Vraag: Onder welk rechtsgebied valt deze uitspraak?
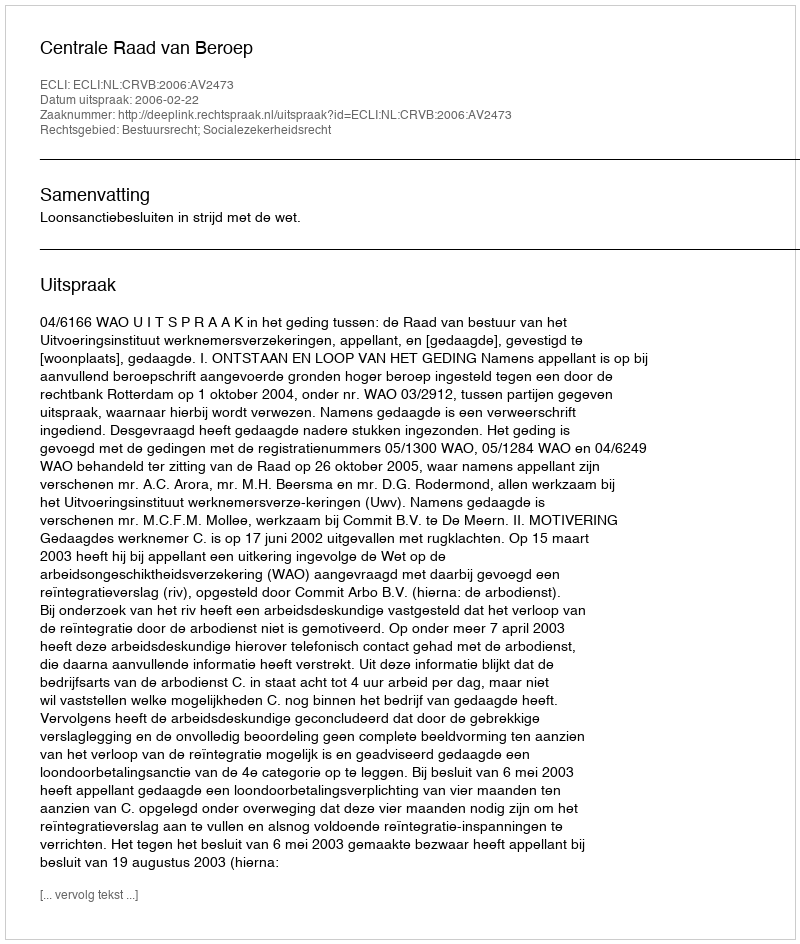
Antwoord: Bestuursrecht; Socialezekerheidsrecht